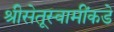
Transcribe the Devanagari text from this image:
श्रीसेतूस्वामींकडे